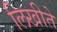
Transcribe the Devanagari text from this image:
लिखीते